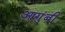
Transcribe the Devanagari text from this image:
आगुंबी